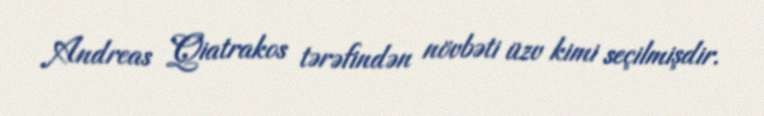
Andreas Qiatrakos tərəfindən növbəti üzv kimi seçilmişdir.